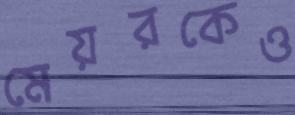
মেয়রকেও